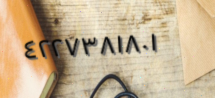
٤٢٢٧٣٨١٨٠١